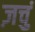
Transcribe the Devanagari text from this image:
ज़चुं